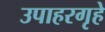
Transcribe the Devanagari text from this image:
उपाहरगृहे